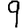
Digit: 9